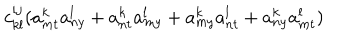
c _ { k l } ^ { i j } ( a _ { m t } ^ { k } a _ { n y } ^ { l } + a _ { n t } ^ { k } a _ { m y } ^ { l } + a _ { m y } ^ { k } a _ { n t } ^ { l } + a _ { n y } ^ { k } a _ { m t } ^ { l } )